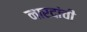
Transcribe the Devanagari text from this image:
नारदांची